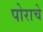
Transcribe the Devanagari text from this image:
पोराचे